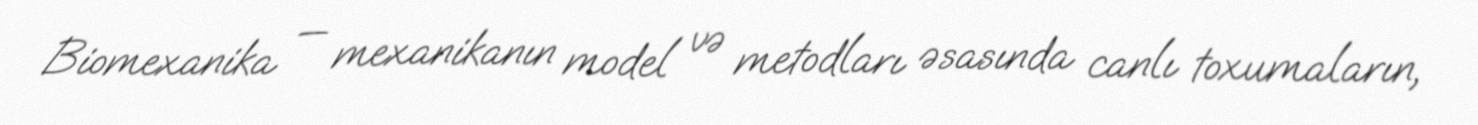
Biomexanika — mexanikanın model və metodları əsasında canlı toxumaların,